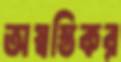
অস্বস্তিকর